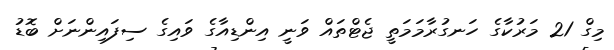
މިގް 21 މަރުކާގެ ހަނގުރާމަމަތީ ޖެޓްތައް ވަނީ އިންޑިއާގެ ވައިގެ ސިފައިންނަށް ބޮޑު